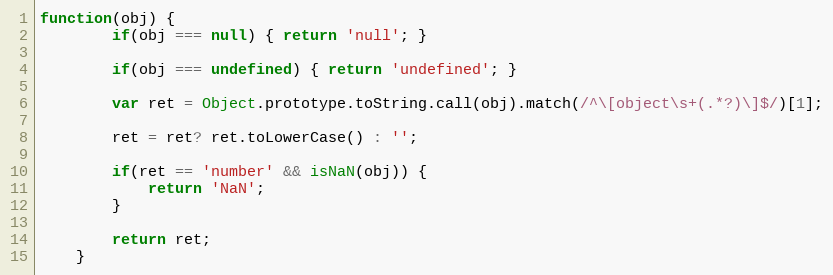
Language: JavaScript
function(obj) {
		if(obj === null) { return 'null'; }

		if(obj === undefined) { return 'undefined'; }

		var ret = Object.prototype.toString.call(obj).match(/^\[object\s+(.*?)\]$/)[1];

		ret = ret? ret.toLowerCase() : '';

		if(ret == 'number' && isNaN(obj)) {
			return 'NaN';
		}

		return ret;
	}